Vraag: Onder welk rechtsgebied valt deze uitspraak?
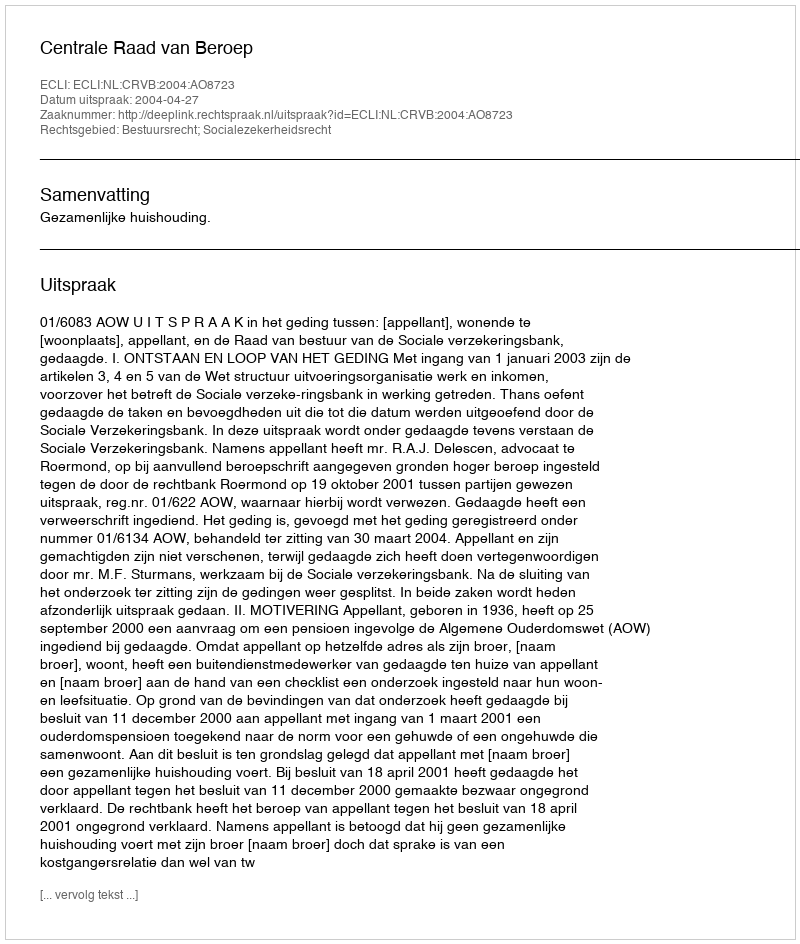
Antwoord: Bestuursrecht; Socialezekerheidsrecht